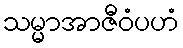
သမ္မာအာဇီဝံပဟံ